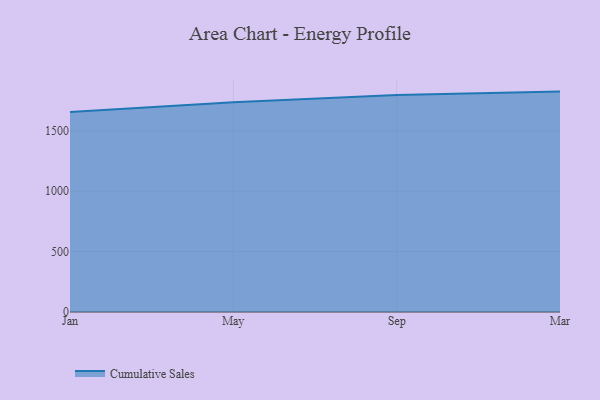
{"axis": {"x": "Month", "y": "Inventory Turnover"}, "legend": ["Cumulative Sales"], "data": [{"x": "Jan", "y": 1654.4, "type": "Cumulative Sales"}, {"x": "May", "y": 1735.7, "type": "Cumulative Sales"}, {"x": "Sep", "y": 1795.5, "type": "Cumulative Sales"}, {"x": "Mar", "y": 1824.1, "type": "Cumulative Sales"}]}